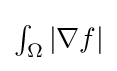
{\textstyle \int _{\Omega }\left|\nabla f\right|}